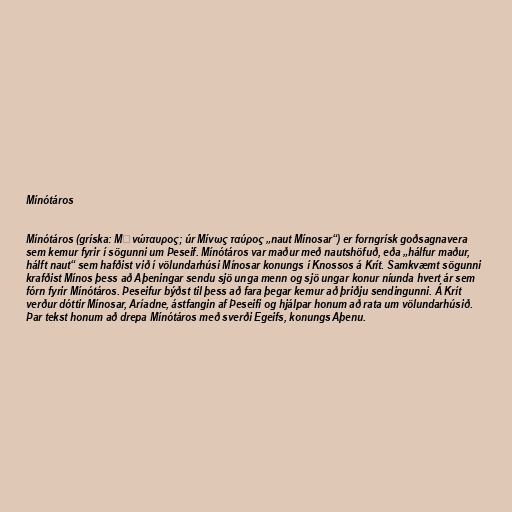
Mínótáros

Mínótáros (gríska: Μῑνώταυρος; úr Μίνως ταύρος „naut Mínosar“) er forngrísk goðsagnavera
sem kemur fyrir í sögunni um Þeseif. Mínótáros var maður með nautshöfuð, eða „hálfur maður,
hálft naut“ sem hafðist við í völundarhúsi Mínosar konungs í Knossos á Krít. Samkvæmt sögunni
krafðist Mínos þess að Aþeningar sendu sjö unga menn og sjö ungar konur níunda hvert ár sem
fórn fyrir Mínótáros. Þeseifur býðst til þess að fara þegar kemur að þriðju sendingunni. Á Krít
verður dóttir Mínosar, Aríadne, ástfangin af Þeseifi og hjálpar honum að rata um völundarhúsið.
Þar tekst honum að drepa Mínótáros með sverði Egeifs, konungs Aþenu.